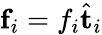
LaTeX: \mathbf{f}_{i}=f_{i}\hat{\mathbf{t}}_{i}